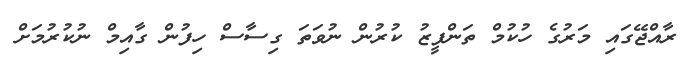
ރާއްޖޭގައި މަރުގެ ހުކުމް ތަންފީޒު ކުރުން ނުވަތަ ގިސާސް ހިފުން ގާއިމް ނުކުރުމަށް